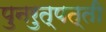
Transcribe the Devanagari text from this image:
पुनरुत्पत्ती